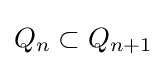
Q_{n}\subset Q_{n+1}